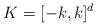
LaTeX: \begin{align*}K=[-k,k]^d\end{align*}